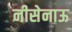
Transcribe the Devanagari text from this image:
नीसेनाऊ